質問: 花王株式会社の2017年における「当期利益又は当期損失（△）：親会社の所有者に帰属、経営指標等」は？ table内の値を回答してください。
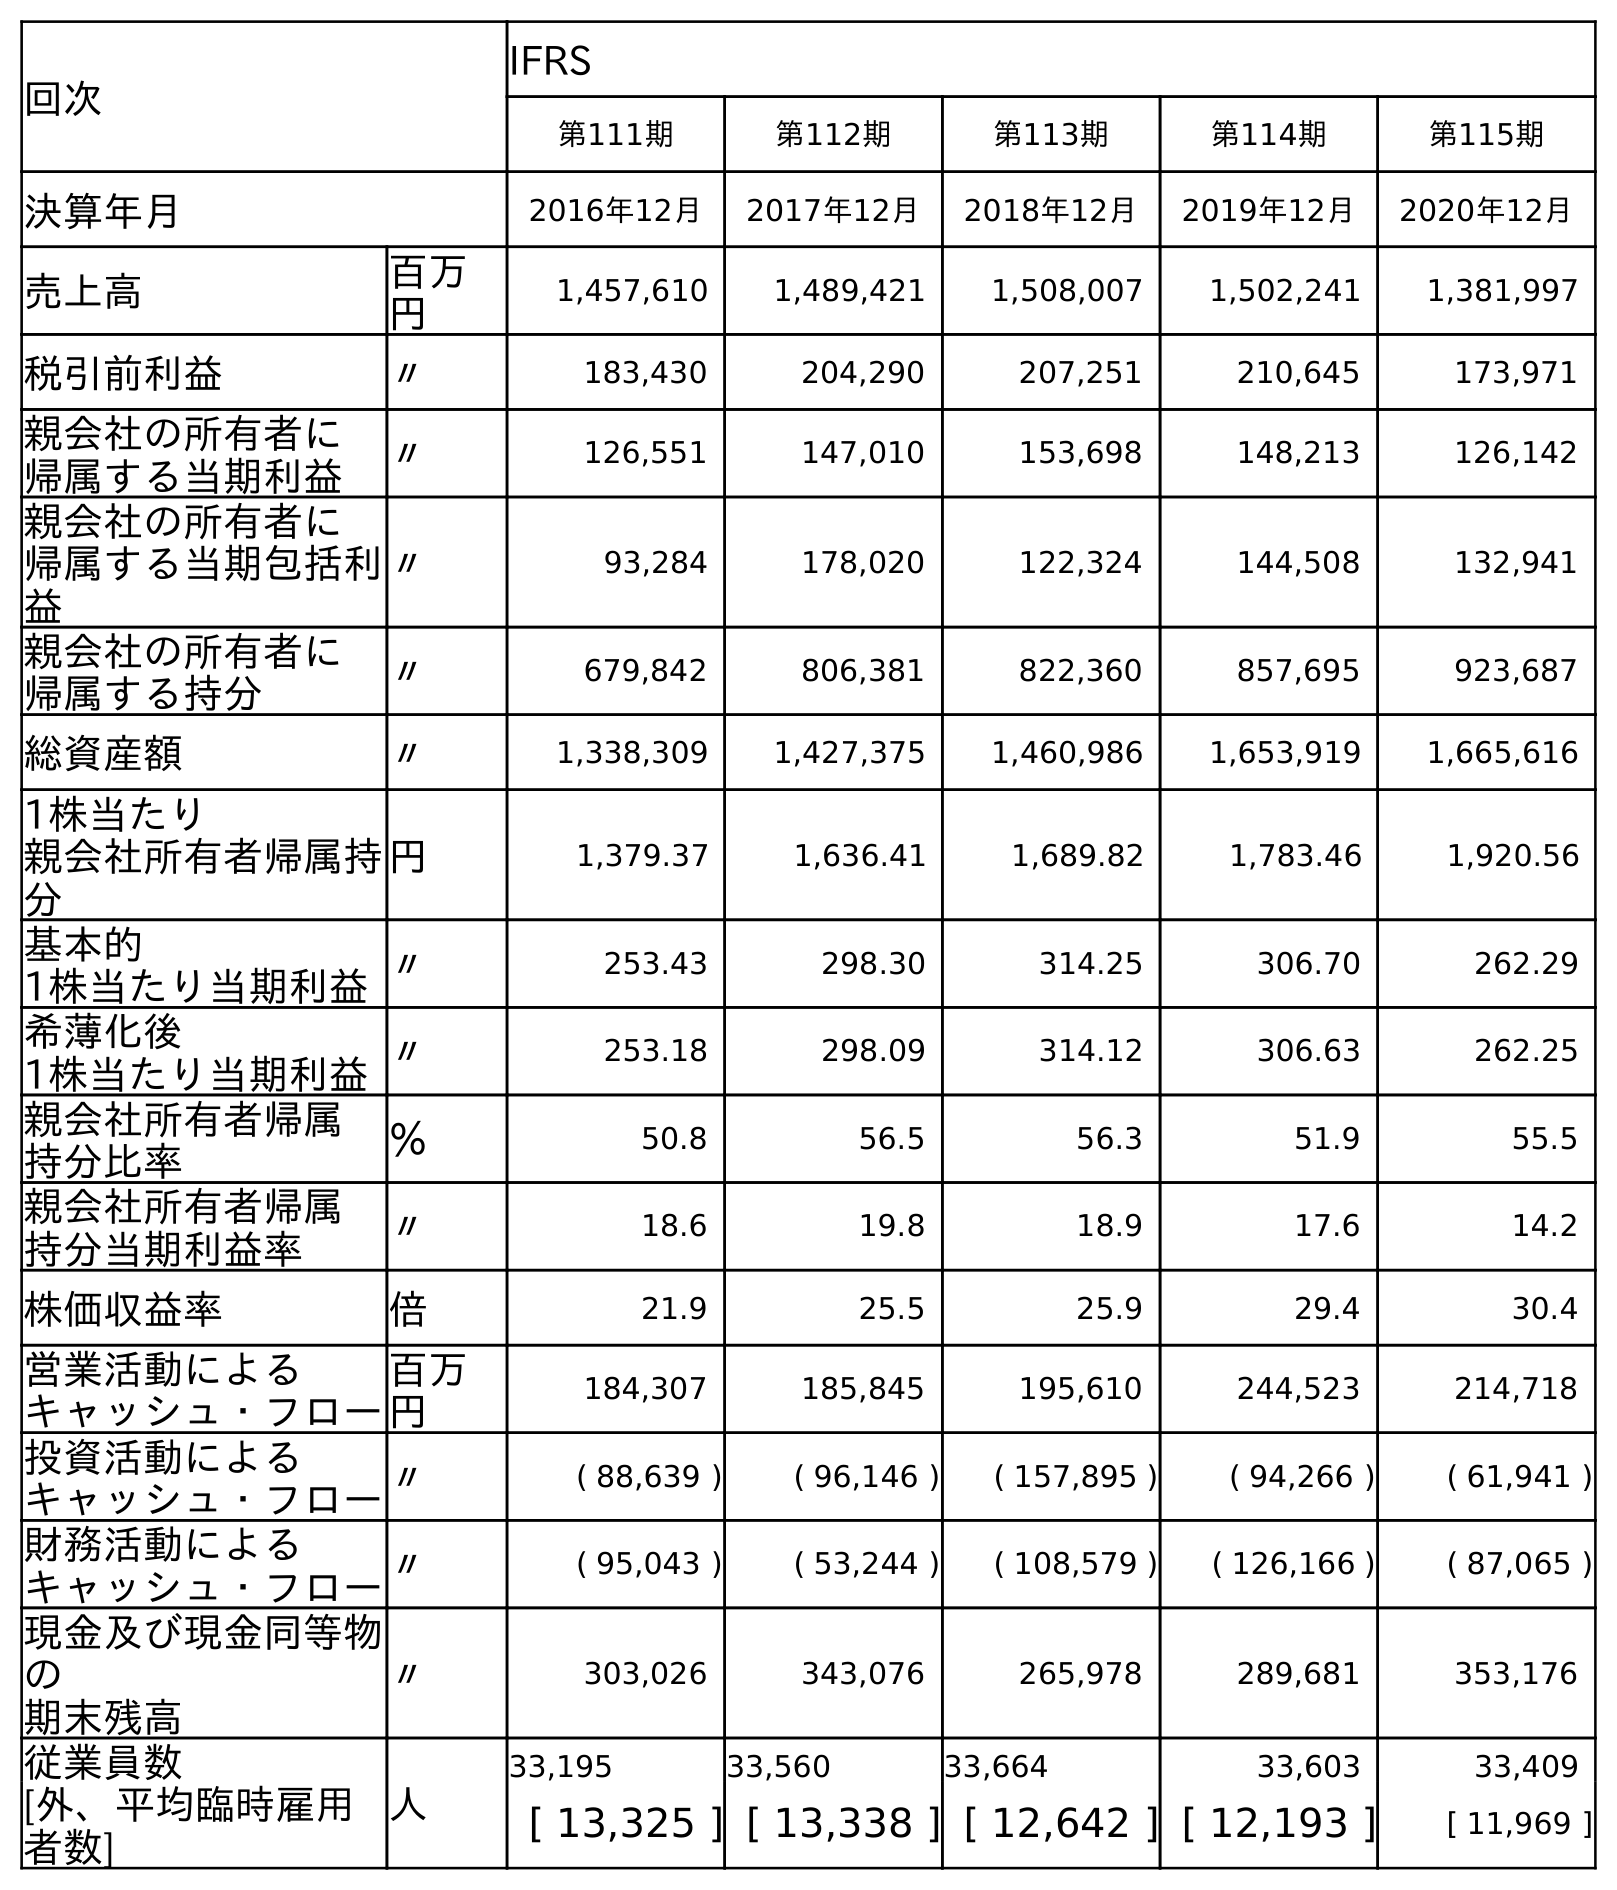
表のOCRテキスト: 回次 IFRS 第111期 第112期 第113期 第114期 第115期 決算年月 2016年12月 2017年12月 2018年12月 2019年12月 2020年12月 売上高 百万 円 1,457,610 1,489,421 1,508,007 1,502,241 1,381,997 税引前利益 〃 183,430 204,290 207,251 210,645 173,971 親会社の所有者に 帰属する当期利益 〃 126,551 147,010 153,698 148,213 126,142 親会社の所有者に 帰属する当期包括利 益 〃 93,284 178,020 122,324 144,508 132,941 親会社の所有者に 帰属する持分 〃 679,842 806,381 822,360 857,695 923,687 総資産額 〃 1,338,309 1,427,375 1,460,986 1,653,919 1,665,616 1株当たり 親会社所有者帰属持 分 円 1,379.37 1,636.41 1,689.82 1,783.46 1,920.56 基本的 1株当たり当期利益〃 253.43 298.30 314.25 306.70 262.29 希薄化後 1株当たり当期利益〃 253.18 298.09 314.12 306.63 262.25 親会社所有者帰属 持分比率 ％ 50.8 56.5 56.3 51.9 55.5 親会社所有者帰属 持分当期利益率 〃 18.6 19.8 18.9 17.6 14.2 株価収益率 倍 21.9 25.5 25.9 29.4 30.4 営業活動による キャッシュ・フロー 百万 円 184,307 185,845 195,610 244,523 214,718 投資活動による キャッシュ・フロー〃 ( 88,639 ) ( 96,146 ) ( 157,895 ) ( 94,266 ) ( 61,941 ) 財務活動による キャッシュ・フロー〃 ( 95,043 ) ( 53,244 ) ( 108,579 ) ( 126,166 ) ( 87,065 ) 現金及び現金同等物 の 期末残高 〃 303,026 343,076 265,978 289,681 353,176 従業員数 人 33,195 33,560 33,664 33,603 33,409 [外、平均臨時雇用 者数] [ 13,325 ] [ 13,338 ] [ 12,642 ] [ 12,193 ] [ 11,969 ]
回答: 147,010